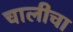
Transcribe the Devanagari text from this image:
चालीचा